Civil Veterinary Dept. North-West Frontier Province 1923-32 - 1923-1932
Year: 1923
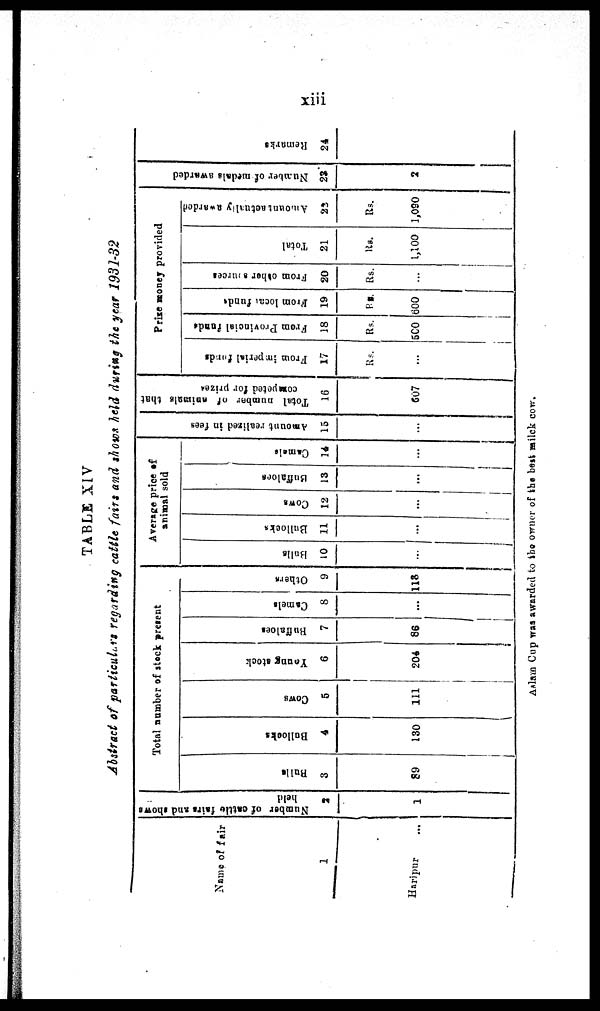
xiii
TABLE XIV
Abstract of particulars regarding cattle fairs and shows held during the year 1931-32
Name of fair
1
Haripur …
Number of cattle
fairs and shows
held
2
1
Total number of stock present
Bulls
3
89
Bullocks
4
130
Cows
5
111
Young stock
6
204
Buffaloes
7
86
Camels
8
...
Others
9
118
Average price of
animal sold
Bulls
10
…
Bullocks
11
…
Cows
12
...
Buffaloes
13
…
Camels
14
…
Amount realized
in fees
15
…
Total number
of animals that
competed for prizes
16
607
Prise money provided
From imperial funds
17
Rs.
...
From Provincial funds
18
Rs.
500
From local funds
19
Rs.
600
From other sources
20
Rs.
…
Total
21
Rs.
1,100
Amount actually awarded
22
Rs.
1,090
Number of medals awarded
23
2
Remarks
24
Aslam Cup was awarded to the owner of the best milck cow.